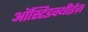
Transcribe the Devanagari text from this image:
ऑस्टिइक्थीईज़